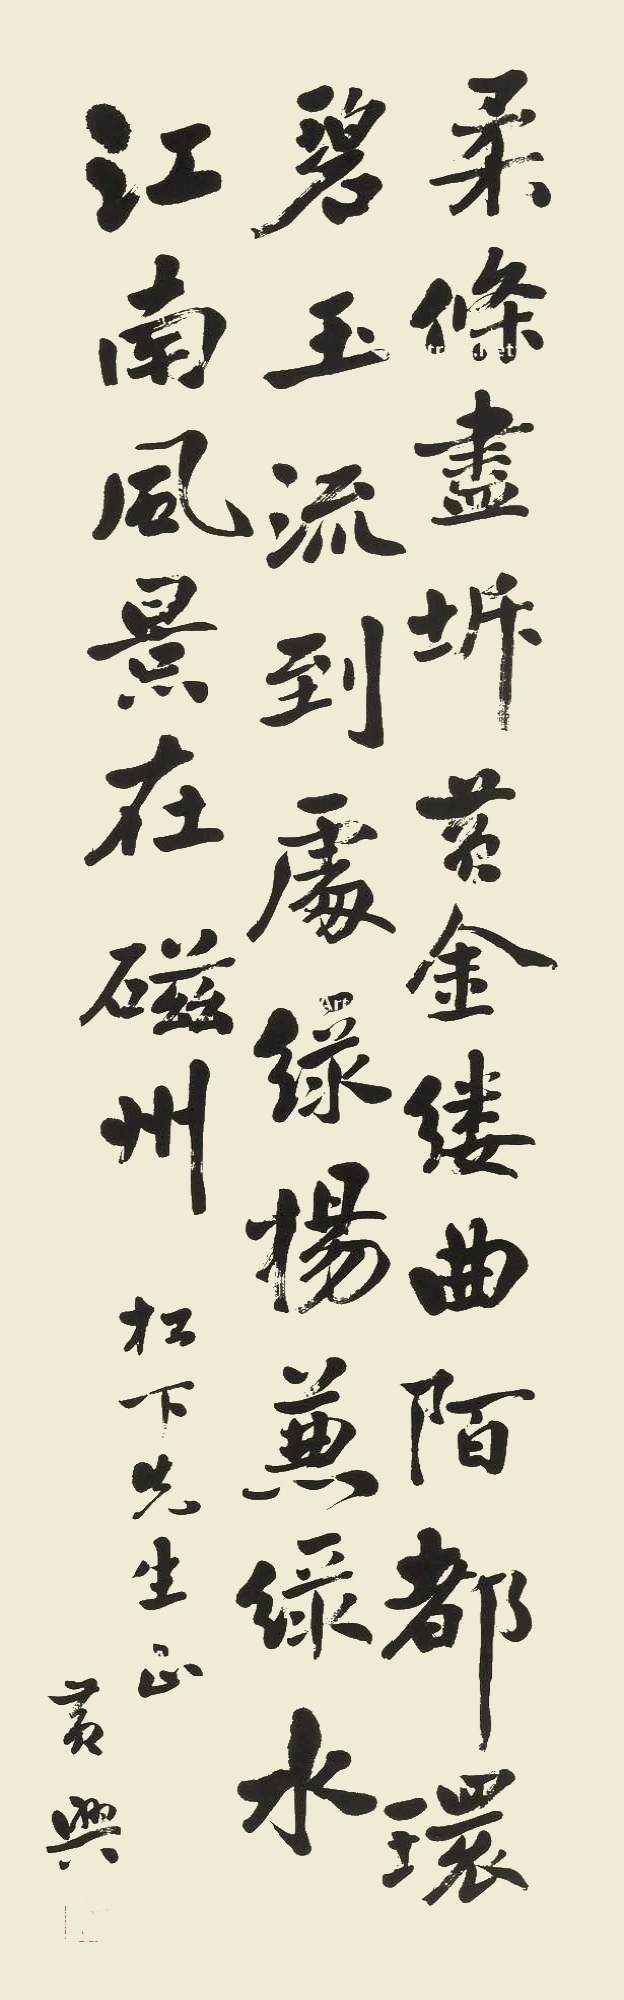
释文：柔条尽坼黄金缕，曲陌都环碧玉流。到处绿杨兼绿水，江南风景在磁州。松下先生正。黄兴。